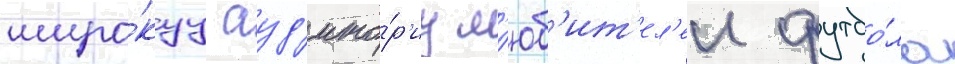
широ́куу ауд'ито́р'иу л'юб'ит'ел'еи футбо́ла